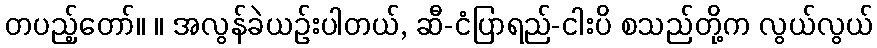
တပည့်တော်။ ။ အလွန်ခဲယဉ်းပါတယ်, ဆီ-ငံပြာရည်-ငါးပိ စသည်တို့က လွယ်လွယ်